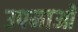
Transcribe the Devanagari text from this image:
उपमाआें